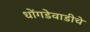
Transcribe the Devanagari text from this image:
धोंगडेवाडीचे